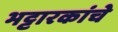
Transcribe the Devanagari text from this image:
भट्टारकांचे